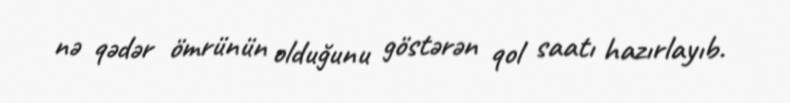
nə qədər ömrünün olduğunu göstərən qol saatı hazırlayıb.